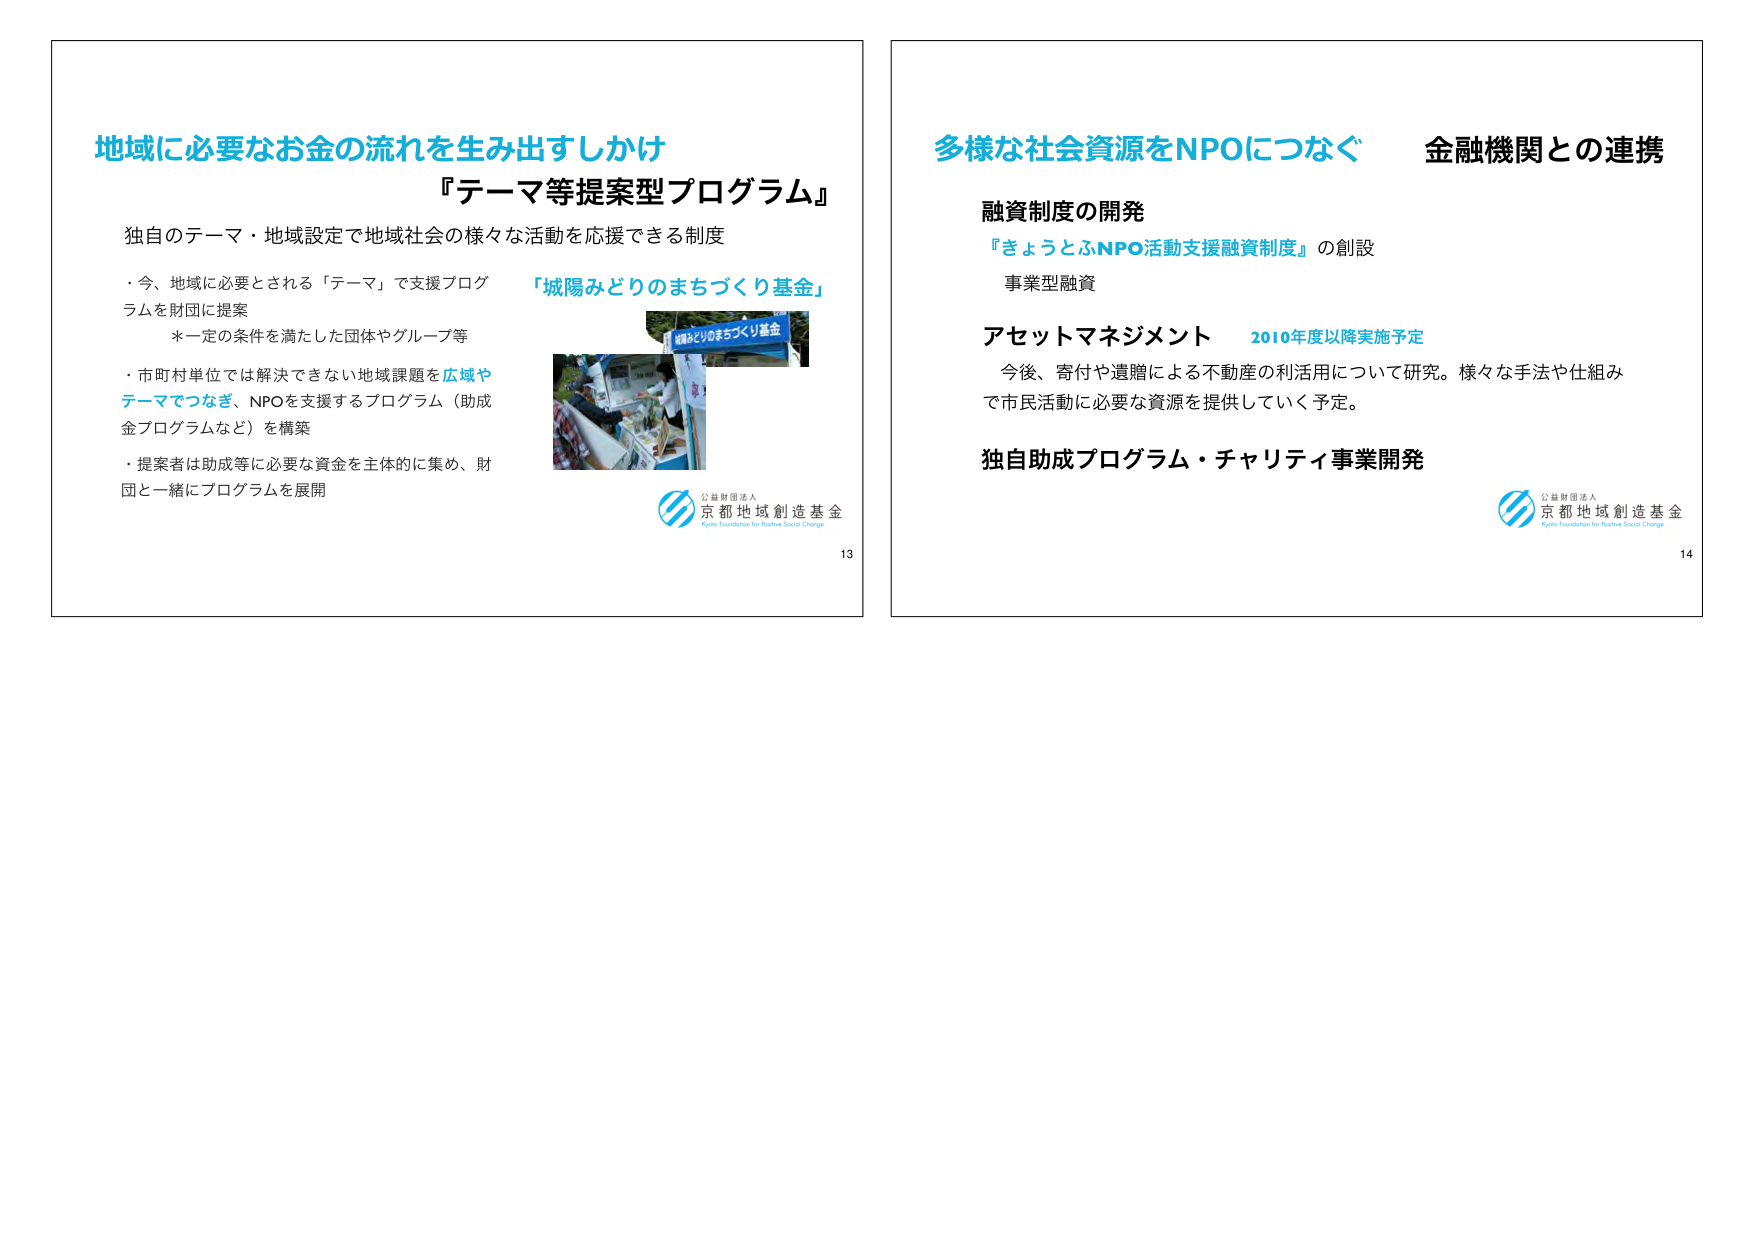
地域に必要なお金の流れを生み出すしかけ
『テーマ等提案型プログラム』
独自のテーマ・地域設定で地域社会の様々な活動を応援できる制度

・今、地域に必要とされる「テーマ」で支援プログラムを財団に提案
　＊一定の条件を満たした団体やグループ等

・市町村単位では解決できない地域課題を広域やテーマでつなぎ、NPOを支援するプログラム（助成金プログラムなど）を構築

・提案者は助成等に必要な資金を主体的に集め、財団と一緒にプログラムを展開

「城陽みどりのまちづくり基金」

公益財団法人
京都地域創造基金
Kyoto Foundation for Positive Social Change
13

多様な社会資源をNPOにつなぐ　金融機関との連携

融資制度の開発
『きょうとふNPO活動支援融資制度』の創設
事業型融資

アセットマネジメント　2010年度以降実施予定
今後、寄付や遺贈による不動産の利活用について研究。様々な手法や仕組みで市民活動に必要な資源を提供していく予定。

独自助成プログラム・チャリティ事業開発

公益財団法人
京都地域創造基金
Kyoto Foundation for Positive Social Change
14